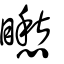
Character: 矁